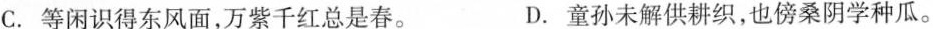
C.等闲识得东风面，万紫千红总是春。 D.童孙未解供耕织，也傍桑阴学种瓜。